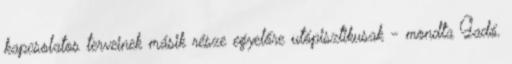
kapcsolatos terveinek másik része egyelőre utópisztikusak - mondta Gadó.